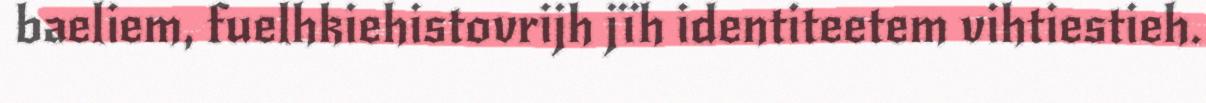
baeliem, fuelhkiehistovrijh jïh identiteetem vihtiestieh.